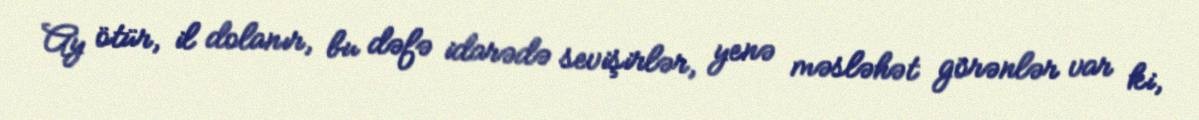
Ay ötür, il dolanır, bu dəfə idarədə sevişirlər, yenə məsləhət görənlər var ki,